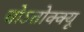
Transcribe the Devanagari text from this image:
चोऽतोक्क्यू